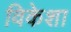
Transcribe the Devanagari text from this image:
विकेशा